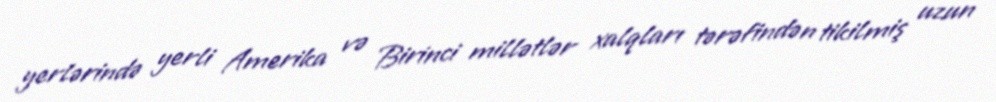
yerlərində yerli Amerika və Birinci millətlər xalqları tərəfindən tikilmiş uzun